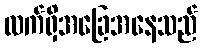
လက်ရှိအခြေအနေသည်